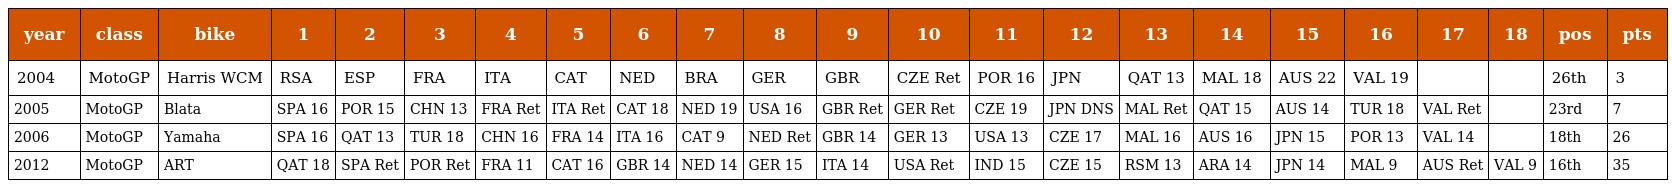
| year | class | bike | 1 | 2 | 3 | 4 | 5 | 6 | 7 | 8 | 9 | 10 | 11 | 12 | 13 | 14 | 15 | 16 | 17 | 18 | pos | pts |
 | --- | --- | --- | --- | --- | --- | --- | --- | --- | --- | --- | --- | --- | --- | --- | --- | --- | --- | --- | --- | --- | --- | --- |
 | 2004 | MotoGP | Harris WCM | RSA | ESP | FRA | ITA | CAT | NED | BRA | GER | GBR | CZE Ret | POR 16 | JPN | QAT 13 | MAL 18 | AUS 22 | VAL 19 |  |  | 26th | 3 |
 | 2005 | MotoGP | Blata | SPA 16 | POR 15 | CHN 13 | FRA Ret | ITA Ret | CAT 18 | NED 19 | USA 16 | GBR Ret | GER Ret | CZE 19 | JPN DNS | MAL Ret | QAT 15 | AUS 14 | TUR 18 | VAL Ret |  | 23rd | 7 |
 | 2006 | MotoGP | Yamaha | SPA 16 | QAT 13 | TUR 18 | CHN 16 | FRA 14 | ITA 16 | CAT 9 | NED Ret | GBR 14 | GER 13 | USA 13 | CZE 17 | MAL 16 | AUS 16 | JPN 15 | POR 13 | VAL 14 |  | 18th | 26 |
 | 2012 | MotoGP | ART | QAT 18 | SPA Ret | POR Ret | FRA 11 | CAT 16 | GBR 14 | NED 14 | GER 15 | ITA 14 | USA Ret | IND 15 | CZE 15 | RSM 13 | ARA 14 | JPN 14 | MAL 9 | AUS Ret | VAL 9 | 16th | 35 |